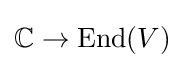
\mathbb {C} \to \mathrm {End} (V)